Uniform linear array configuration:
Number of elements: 48
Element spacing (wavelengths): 1
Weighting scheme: binomial
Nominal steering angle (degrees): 45
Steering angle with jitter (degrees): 44.388
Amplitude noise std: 0.05
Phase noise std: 0.05

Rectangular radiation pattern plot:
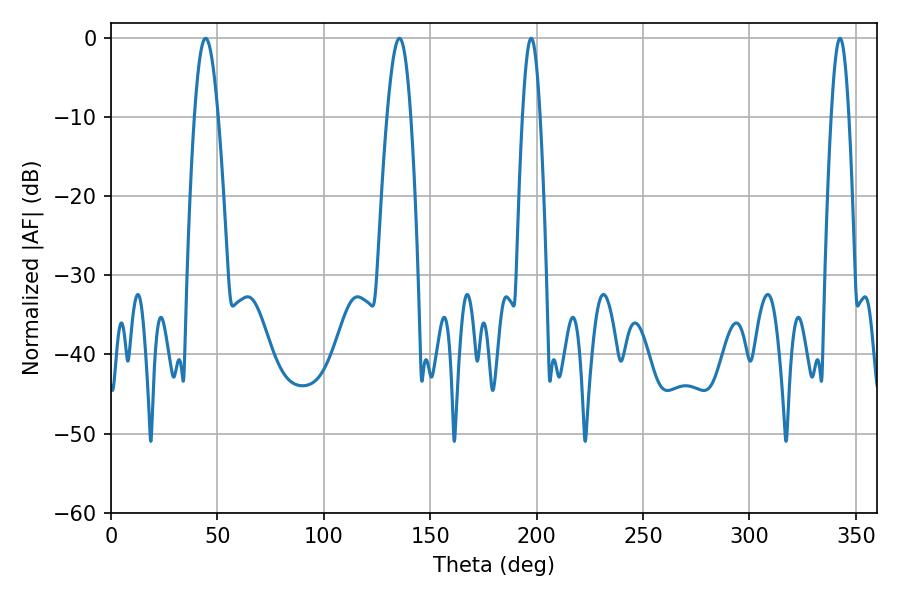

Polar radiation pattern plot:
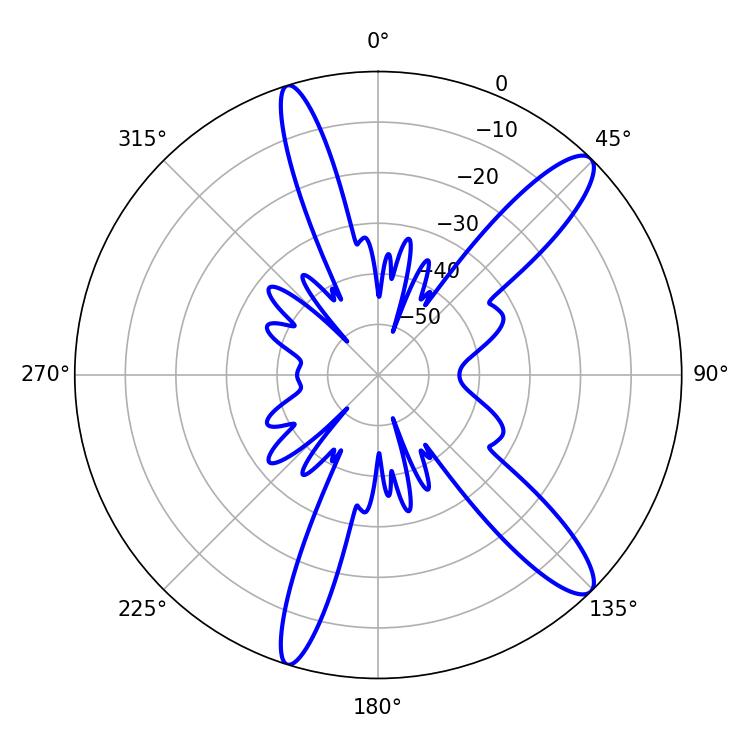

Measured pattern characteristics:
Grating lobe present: TRUE
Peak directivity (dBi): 12.597
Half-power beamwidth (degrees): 5.94
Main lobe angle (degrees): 44.46